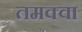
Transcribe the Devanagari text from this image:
तमक्वा